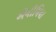
એનીમિયા